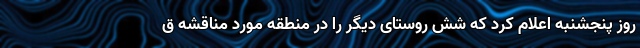
روز پنجشنبه اعلام کرد که شش روستای دیگر را در منطقه مورد مناقشه ق